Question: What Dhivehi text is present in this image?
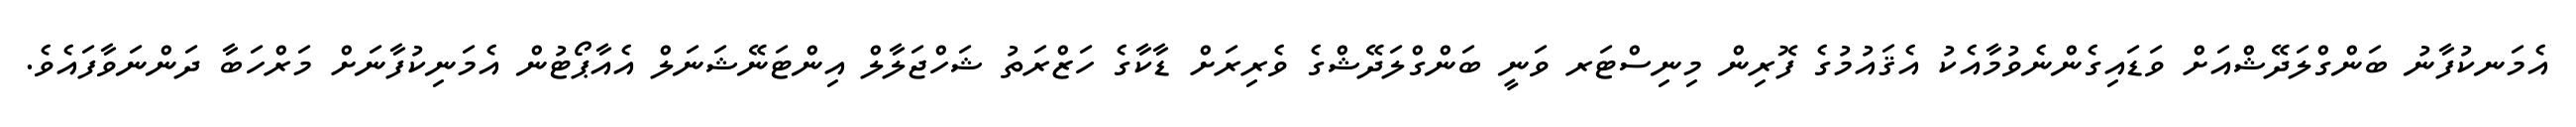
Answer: އެމަނކުފާނު ބަންގްލަދޭޝްއަށް ވަޑައިގެންނެވުމާއެކު އެޤައުމުގެ ފޮރިން މިނިސްޓަރ ވަނީ ބަންގްލަދޭޝްގެ ވެރިރަށް ޑާކާގެ ހަޒްރަތު ޝަހްޖަލާލް އިންޓަނޭޝަނަލް އެއާޕޯޓުން އެމަނިކުފާނަށް މަރްހަބާ ދަންނަވާފައެވެ.